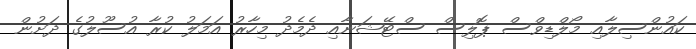
ކައުންސިލާއި މޯލްޑިވްސް ޕޮލިސް ސްޓޭޝަނާއި ދެމެދު މިހާރު އަމަލު ކުރާ އުސޫލުގެ ދަށުން